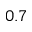
0 . 7